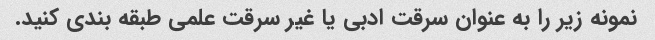
نمونه زیر را به عنوان سرقت ادبی یا غیر سرقت علمی طبقه بندی کنید.